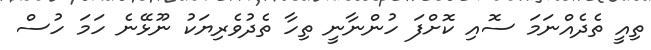
ތިއީ ތެދެއްނަމަ ސޮއި ކޮށްފަ ހުންނާނީ ތިހާ ތެދުވެރިޔަކު ނޫޅޭނެ ހަމަ ހުސް